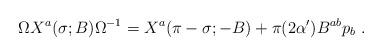
LaTeX: \begin{align*}\Omega X^a(\sigma; B)\Omega^{-1} = X^a(\pi- \sigma; -B)+\pi(2\alpha^\prime) B^{ab} p_b\ .\end{align*}